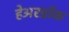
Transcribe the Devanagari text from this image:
हेअरडॉक